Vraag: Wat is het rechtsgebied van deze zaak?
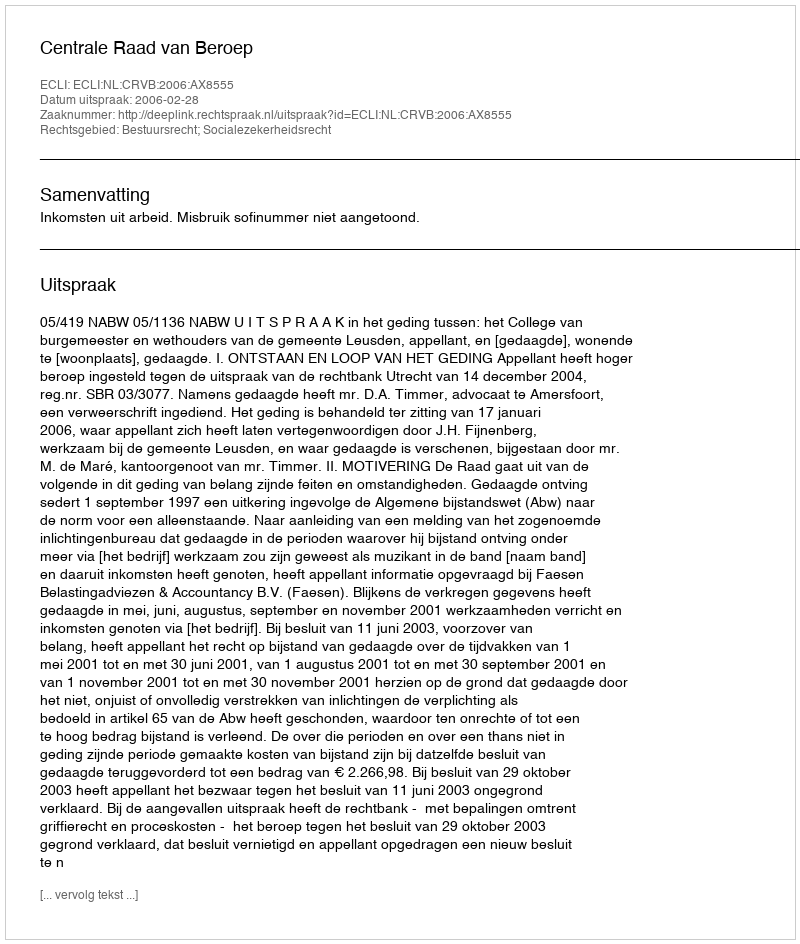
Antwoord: Bestuursrecht; Socialezekerheidsrecht